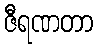
ဇီရဏတာ